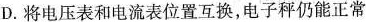
D.将电压表和电流表位置互换，电子秤仍能正常